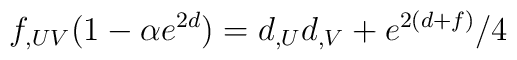
f_{,UV} (1-\alpha e^{2d}) =d_{,U} d_{,V} +  e^{2(d+f)} /4